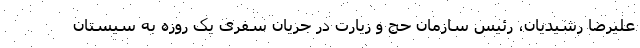
علیرضا رشیدیان، رئیس سازمان حج و زیارت در جریان سفری یک روزه به سیستان